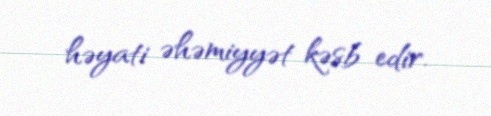
həyati əhəmiyyət kəsb edir.